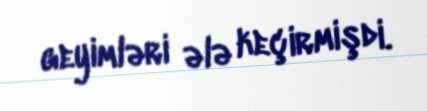
geyimləri ələ keçirmişdi.